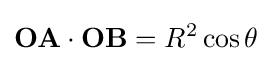
\mathbf {OA} \cdot \mathbf {OB} =R^{2}\cos \theta